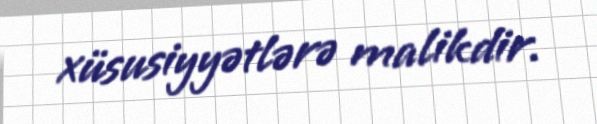
xüsusiyyətlərə malikdir.